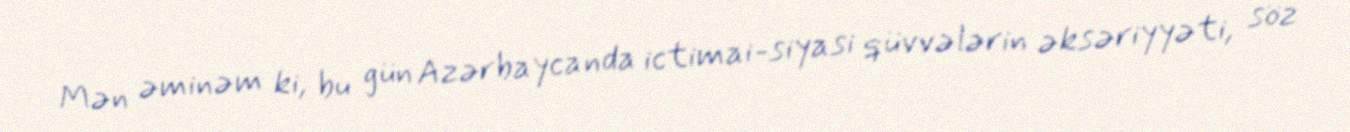
Mən əminəm ki, bu gün Azərbaycanda ictimai-siyasi qüvvələrin əksəriyyəti, söz